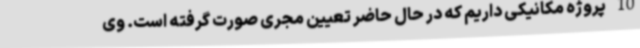
10 پروژه مکانیکی داریم که در حال حاضر تعیین مجری صورت گرفته است. وی